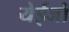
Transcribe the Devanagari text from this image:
येईजो